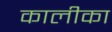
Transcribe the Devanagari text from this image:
कालीका